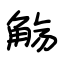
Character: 觞